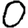
Digit: 0